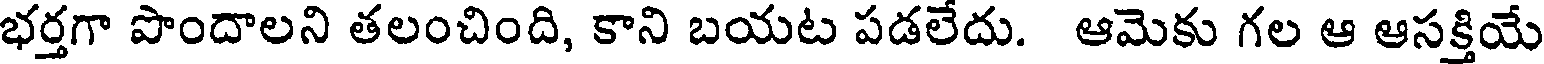
భర్తగా పొందాలని తలంచింది, కాని బయట పడలేదు. ఆమెకు గల ఆ ఆసక్తియే